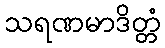
သရဏမာဒိတ္တံ